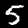
Label: 5